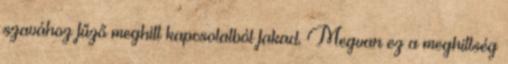
szavához fűző meghitt kapcsolatból fakad. Megvan ez a meghittség